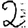
Digit: 2